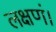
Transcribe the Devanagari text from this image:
लक्षणं।